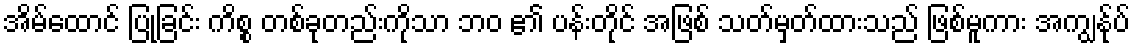
အိမ်ထောင် ပြုခြင်း ကိစ္စ တစ်ခုတည်းကိုသာ ဘဝ ၏ ပန်းတိုင် အဖြစ် သတ်မှတ်ထားသည် ဖြစ်မူကား အကျွန်ုပ်